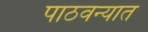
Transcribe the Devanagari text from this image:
पाठवन्यात